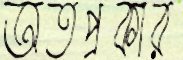
অতপ্রকার